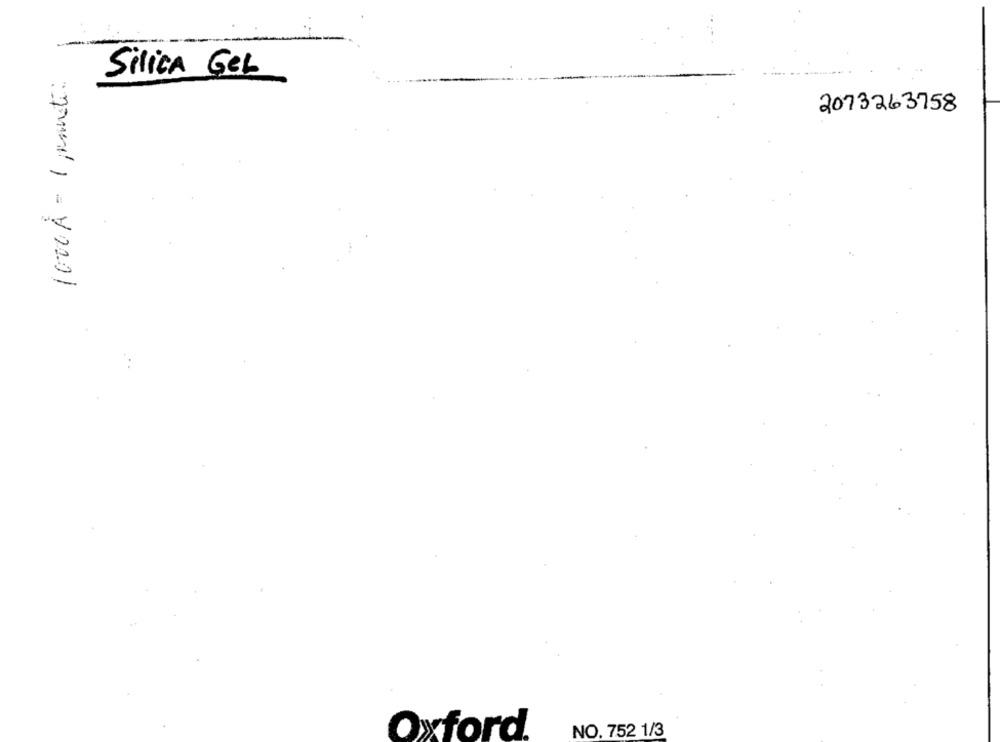
1000 A = 1 paneti:
Silica Gel
2073263758
NO. 752 1/3
Oxford.